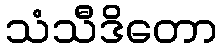
သံသီဒိတော